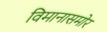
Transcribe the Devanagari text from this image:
विमानासमोर